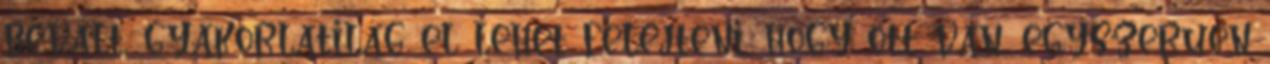
bevált, gyakorlatilag el lehet felejteni, hogy ott van, egyszerüen